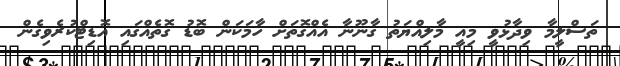
ތަސްލީމާ ވިދާޅުވީ މިއީ މާލިއްޔަތު ގާނޫނާ އެއްގޮތަށް ހާމަކަން ބޮޑު ގޮތެއްގައި އޮޑިޓްކުރެވިގެން